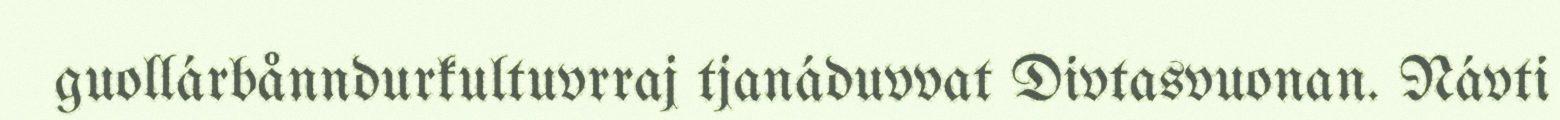
guollárbånndurkultuvrraj tjanáduvvat Divtasvuonan. Návti